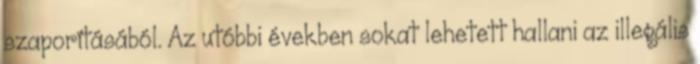
szaporításából. Az utóbbi években sokat lehetett hallani az illegális